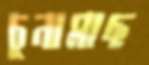
চুনামাছ